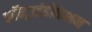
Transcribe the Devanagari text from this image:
कॉन्ट्राइंडीकेशन